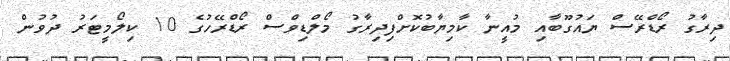
ދިރާގު ރޯޑްރޭސް ޔައުގޫބާއި މުއީނާ ކާމިޔާބުކޮށްފިދިރާގު މޯލްޑިވްސް ރޯޑްރޭހުގެ 10 ކިލޯމީޓަރު ދުވުން